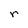
Character: r